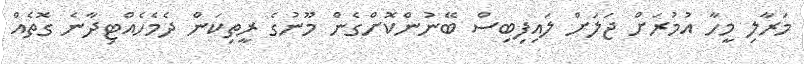
މަރާލި މީހާ އުމުރަށް ޖަލަށް ލައިފިބިސް ބޭނުންކޮށްގެން މޫނުގެ ރީތިކަން ދެމެހެއްޓިދާނެ ގޮތެއް